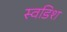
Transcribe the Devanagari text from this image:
स्वडिश